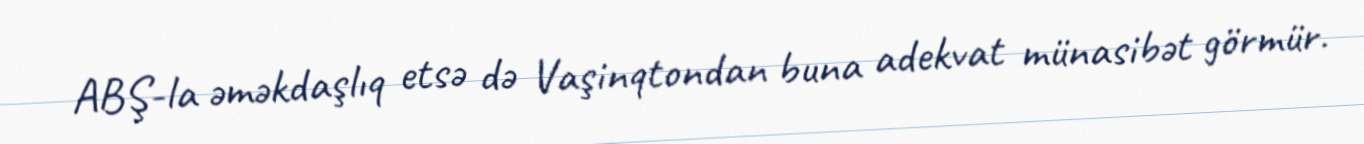
ABŞ-la əməkdaşlıq etsə də Vaşinqtondan buna adekvat münasibət görmür.